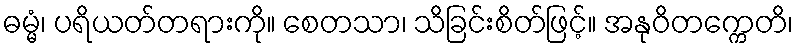
ဓမ္မံ၊ ပရိယတ်တရားကို။ စေတသာ၊ သိခြင်းစိတ်ဖြင့်။ အနုဝိတက္ကေတိ၊